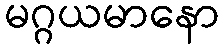
မဂ္ဂယမာနော